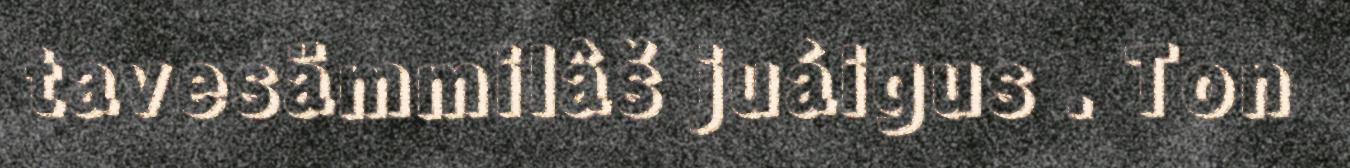
tavesämmilâš juáigus . Ton